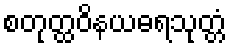
စတုတ္ထဝိနယဓရသုတ္တံ